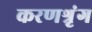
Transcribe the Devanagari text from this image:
करणश्रृंग